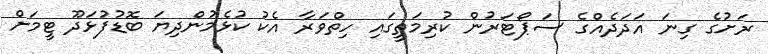
ރަށުގެ ގިނަ އަދަދެއްގެ ސަޕޯޓަރުން ކުރިމަތީގައި ހިތްވަރާ އެކު ކުޅެމުންދިޔަ ބޮޑުފުޅަދޫ ޓީމަށް